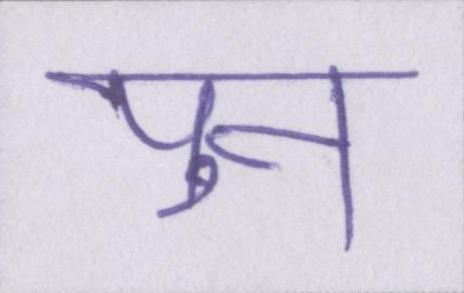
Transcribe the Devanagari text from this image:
पुन